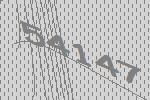
54147